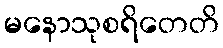
မနောသုစရိတေတိ